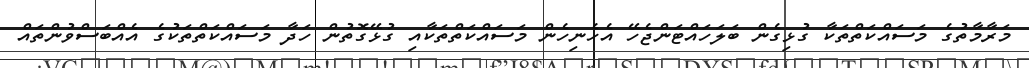
މަރާމާތުގެ މަސައްކަތްތަކާ ގުޅިގެން ބަލަހައްޓަންޖެހޭ އެހެނިހެން މަސައްކަތްތަކާއި ގުޅޭގޮތުން ހަދާ މަސައްކަތްތަކުގެ އެއްބަސްވުންތައް